Report on sanitation, dispensaries, and jails in Rajputana for 1920, and on vaccination for the year 1920-1921 - 1920-1921
Year: 1920
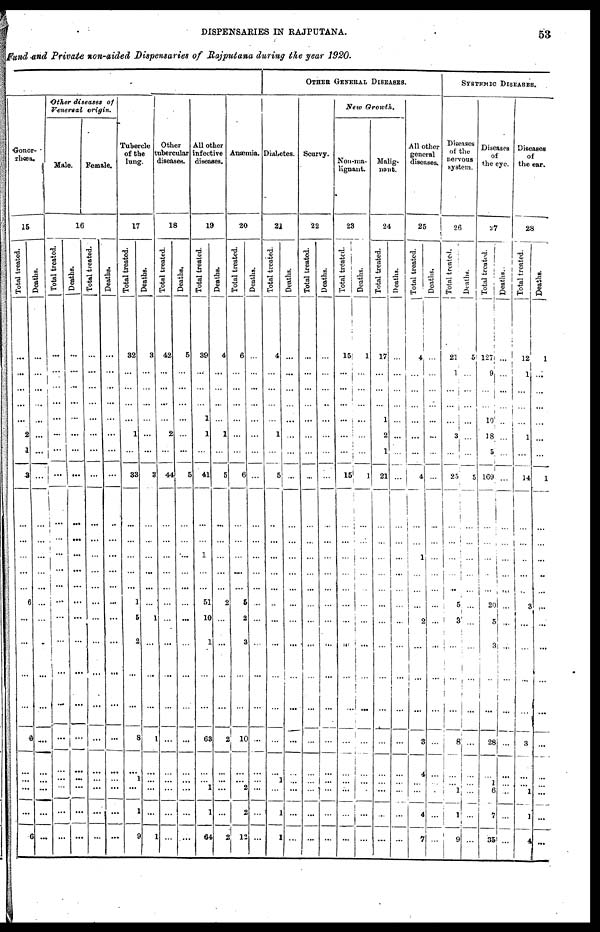
53
DISPENSARIES IN RAJPUTANA.
Fund and Private non-aided Dispensaries of Rajputana during the year 1920.
Gonor¬
rhœa.
15
Total treated.
...
...
...
...
...
2
1
3
...
...
...
...
...
...
6
...
...
...
...
6
...
...
....
...
6
Deaths.
...
...
...
...
...
...
...
...
...
...
...
...
...
...
...
...
...
...
...
...
...
...
...
...
...
Other diseases of
Venersal origin.
Male.
Female.
16
Total treated.
...
...
...
...
...
...
...
...
...
...
...
...
....
...
...
...
...
...
...
...
...
...
...
...
...
Deaths.
...
...
...
...
...
...
...
...
...
...
...
...
...
...
...
...
...
...
...
...
...
...
...
...
...
Total treated.
...
...
...
...
...
...
...
...
...
...
...
...
...
...
...
...
...
...
...
...
...
...
...
...
...
Deaths.
...
...
...
...
...
...
...
...
...
...
...
...
...
...
...
...
...
...
...
...
...
...
...
...
...
Tubercle
of the
lung.
17
Total treated.
32
...
...
...
...
1
...
33
...
...
...
...
...
...
1
5
2
...
...
8
...
1
...
1
9
Deaths.
3
...
...
...
...
...
...
3
...
...
...
...
...
...
...
1
...
...
...
1
...
...
...
...
1
Other
tubercular
diseases.
18
Total treated.
42
...
...
...
...
2
...
44
...
...
...
...
...
...
...
...
...
...
...
...
...
...
...
...
...
Deaths.
5
...
...
...
...
...
...
5
...
...
...
...
...
...
...
...
...
...
...
...
...
...
...
...
....
All other
infective
diseases.
19
Total treated.
39
...
...
...
1
1
...
41
...
...
...
1
...
...
51
10
1
...
...
63
...
...
1
1
64
Deaths.
4
...
...
...
...
1
...
5
...
...
...
...
...
...
2
...
...
...
...
2
...
...
...
...
2
Anæmia.
20
Total treated.
6
...
...
...
...
...
...
6
...
...
...
...
...
...
5
2
3
...
...
10
...
...
2
2
12
Deaths.
...
...
...
...
...
...
...
...
...
...
...
...
...
...
...
...
...
...
...
...
...
...
...
...
...
OTHER GENERAL DISEASES.
Diabetes.
21
Total treated.
4
...
...
...
...
1
...
5
...
...
...
...
...
...
...
...
...
...
...
...
...
1
...
1
1
Deaths.
...
...
...
...
...
...
...
...
...
...
...
...
...
...
...
...
...
...
...
...
...
...
...
...
...
Scurvy.
22
Total treated.
...
...
...
...
...
...
...
...
...
...
...
...
...
...
...
...
...
...
...
...
...
...
...
...
...
Deaths.
...
...
...
..
...
...
...
...
...
...
...
...
...
...
...
...
...
...
...
...
...
...
...
...
...
New Growth.
Non-ma-
lignant.
23
Total treated.
15
...
...
...
...
...
...
15
...
...
...
...
...
...
...
...
...
...
...
...
...
...
...
...
...
Deaths.
1
...
...
...
...
...
...
...
...
...
...
...
...
...
...
...
...
...
...
...
...
...
...
...
...
Malig-
nant.
24
Total treated.
17
...
...
...
1
2
1
21
...
...
...
...
...
...
...
...
...
...
...
...
...
...
...
...
...
Deaths.
...
...
...
...
...
...
...
...
...
...
...
...
...
...
...
...
...
...
...
...
...
...
...
...
All other
general
diseases.
25
Total treated.
4
...
...
...
...
...
...
4
...
...
...
1
...
...
...
2
...
...
...
3
4
...
...
4
7
Deaths.
...
...
...
...
...
...
...
...
...
...
...
...
...
...
...
...
...
...
...
...
...
...
...
...
...
SYSTEMIC DISEASES.
Diseases
of the
nervous
system.
26
Total treated.
21
1
...
...
...
3
...
25
...
...
...
...
...
...
5
3
...
...
...
8
...
...
...
...
9
Deaths.
5
...
...
...
...
...
...
5
...
...
...
...
...
...
...
...
...
...
...
...
...
...
...
...
...
Diseases
of
the eye.
27
Total treated.
127
9
...
...
10
18
5
169
...
...
...
...
...
...
20
5
3
...
...
28
...
1
6
7
35
Deaths.
...
...
...
...
...
...
...
...
...
...
...
...
...
...
...
...
...
...
...
...
...
...
...
...
...
Diseases
of
the ear.
28
Total treated.
12
1
...
...
...
1
...
14
...
...
...
...
...
...
3
...
...
...
...
3
...
...
1
1
4
Deaths.
1
...
...
...
...
...
...
1
...
...
...
...
...
...
...
...
...
...
...
...
...
...
...
...
...